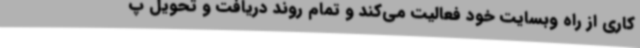
کاری از راه وبسایت خود فعالیت می‌کند و تمام روند دریافت و تحویل پ